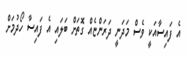
އެ ފައިސާއަކީ ވެސް މަދަނީ ދަރަންޏެއް ގޮތަށް ބަލައި އެ ފައިސާ ހޯދުމަށް